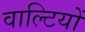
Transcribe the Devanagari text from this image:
वाल्टियों